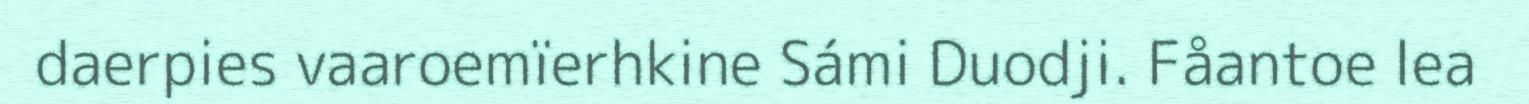
daerpies vaaroemïerhkine Sámi Duodji. Fåantoe lea